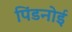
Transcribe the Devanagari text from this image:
पिंडनोई